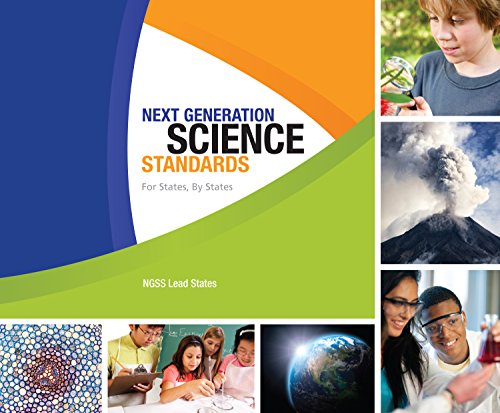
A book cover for Next Generation Science Standards:: For States, By States (Spiral bound + Paperback); NGSS Lead States; Education & Teaching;